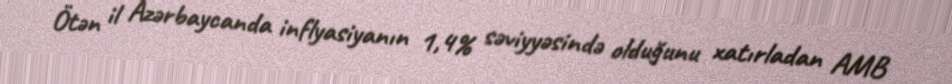
Ötən il Azərbaycanda inflyasiyanın 1,4% səviyyəsində olduğunu xatırladan AMB